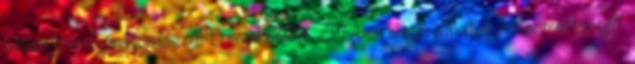
néven jó román komisszárt nevel belőle. ’54-ben bizonyíthatná rátermettségét,